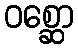
ဝစ္ဆော